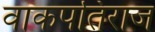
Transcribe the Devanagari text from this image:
वाकपतिराज